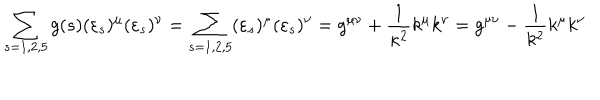
LaTeX: \sum _ { s = 1 , 2 , 5 } g ( s ) ( \varepsilon _ { s } ) ^ { \mu } ( \varepsilon _ { s } ) ^ { \nu } = \sum _ { s = 1 , 2 , 5 } ( \varepsilon _ { s } ) ^ { \mu } ( \varepsilon _ { s } ) ^ { \nu } = g ^ { \mu \nu } + \frac { 1 } { \kappa ^ { 2 } } k ^ { \mu } k ^ { \nu } = g ^ { \mu \nu } - \frac { 1 } { k ^ { 2 } } k ^ { \mu } k ^ { \nu }